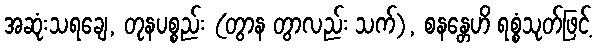
အဆုံးသရချေ, တုနပစ္စည်း (တွာန တွာလည်း သက်), စနန္တေဟိ ရစ္စံသုတ်ဖြင့်